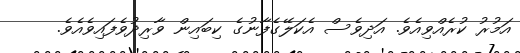
އަމުރު ކުރެއްވިއެވެ. އަދިވެސް އެކަލޭގެފާނުގެ ކިބައިން ވާރިދުވެފައިވެއެވެ.